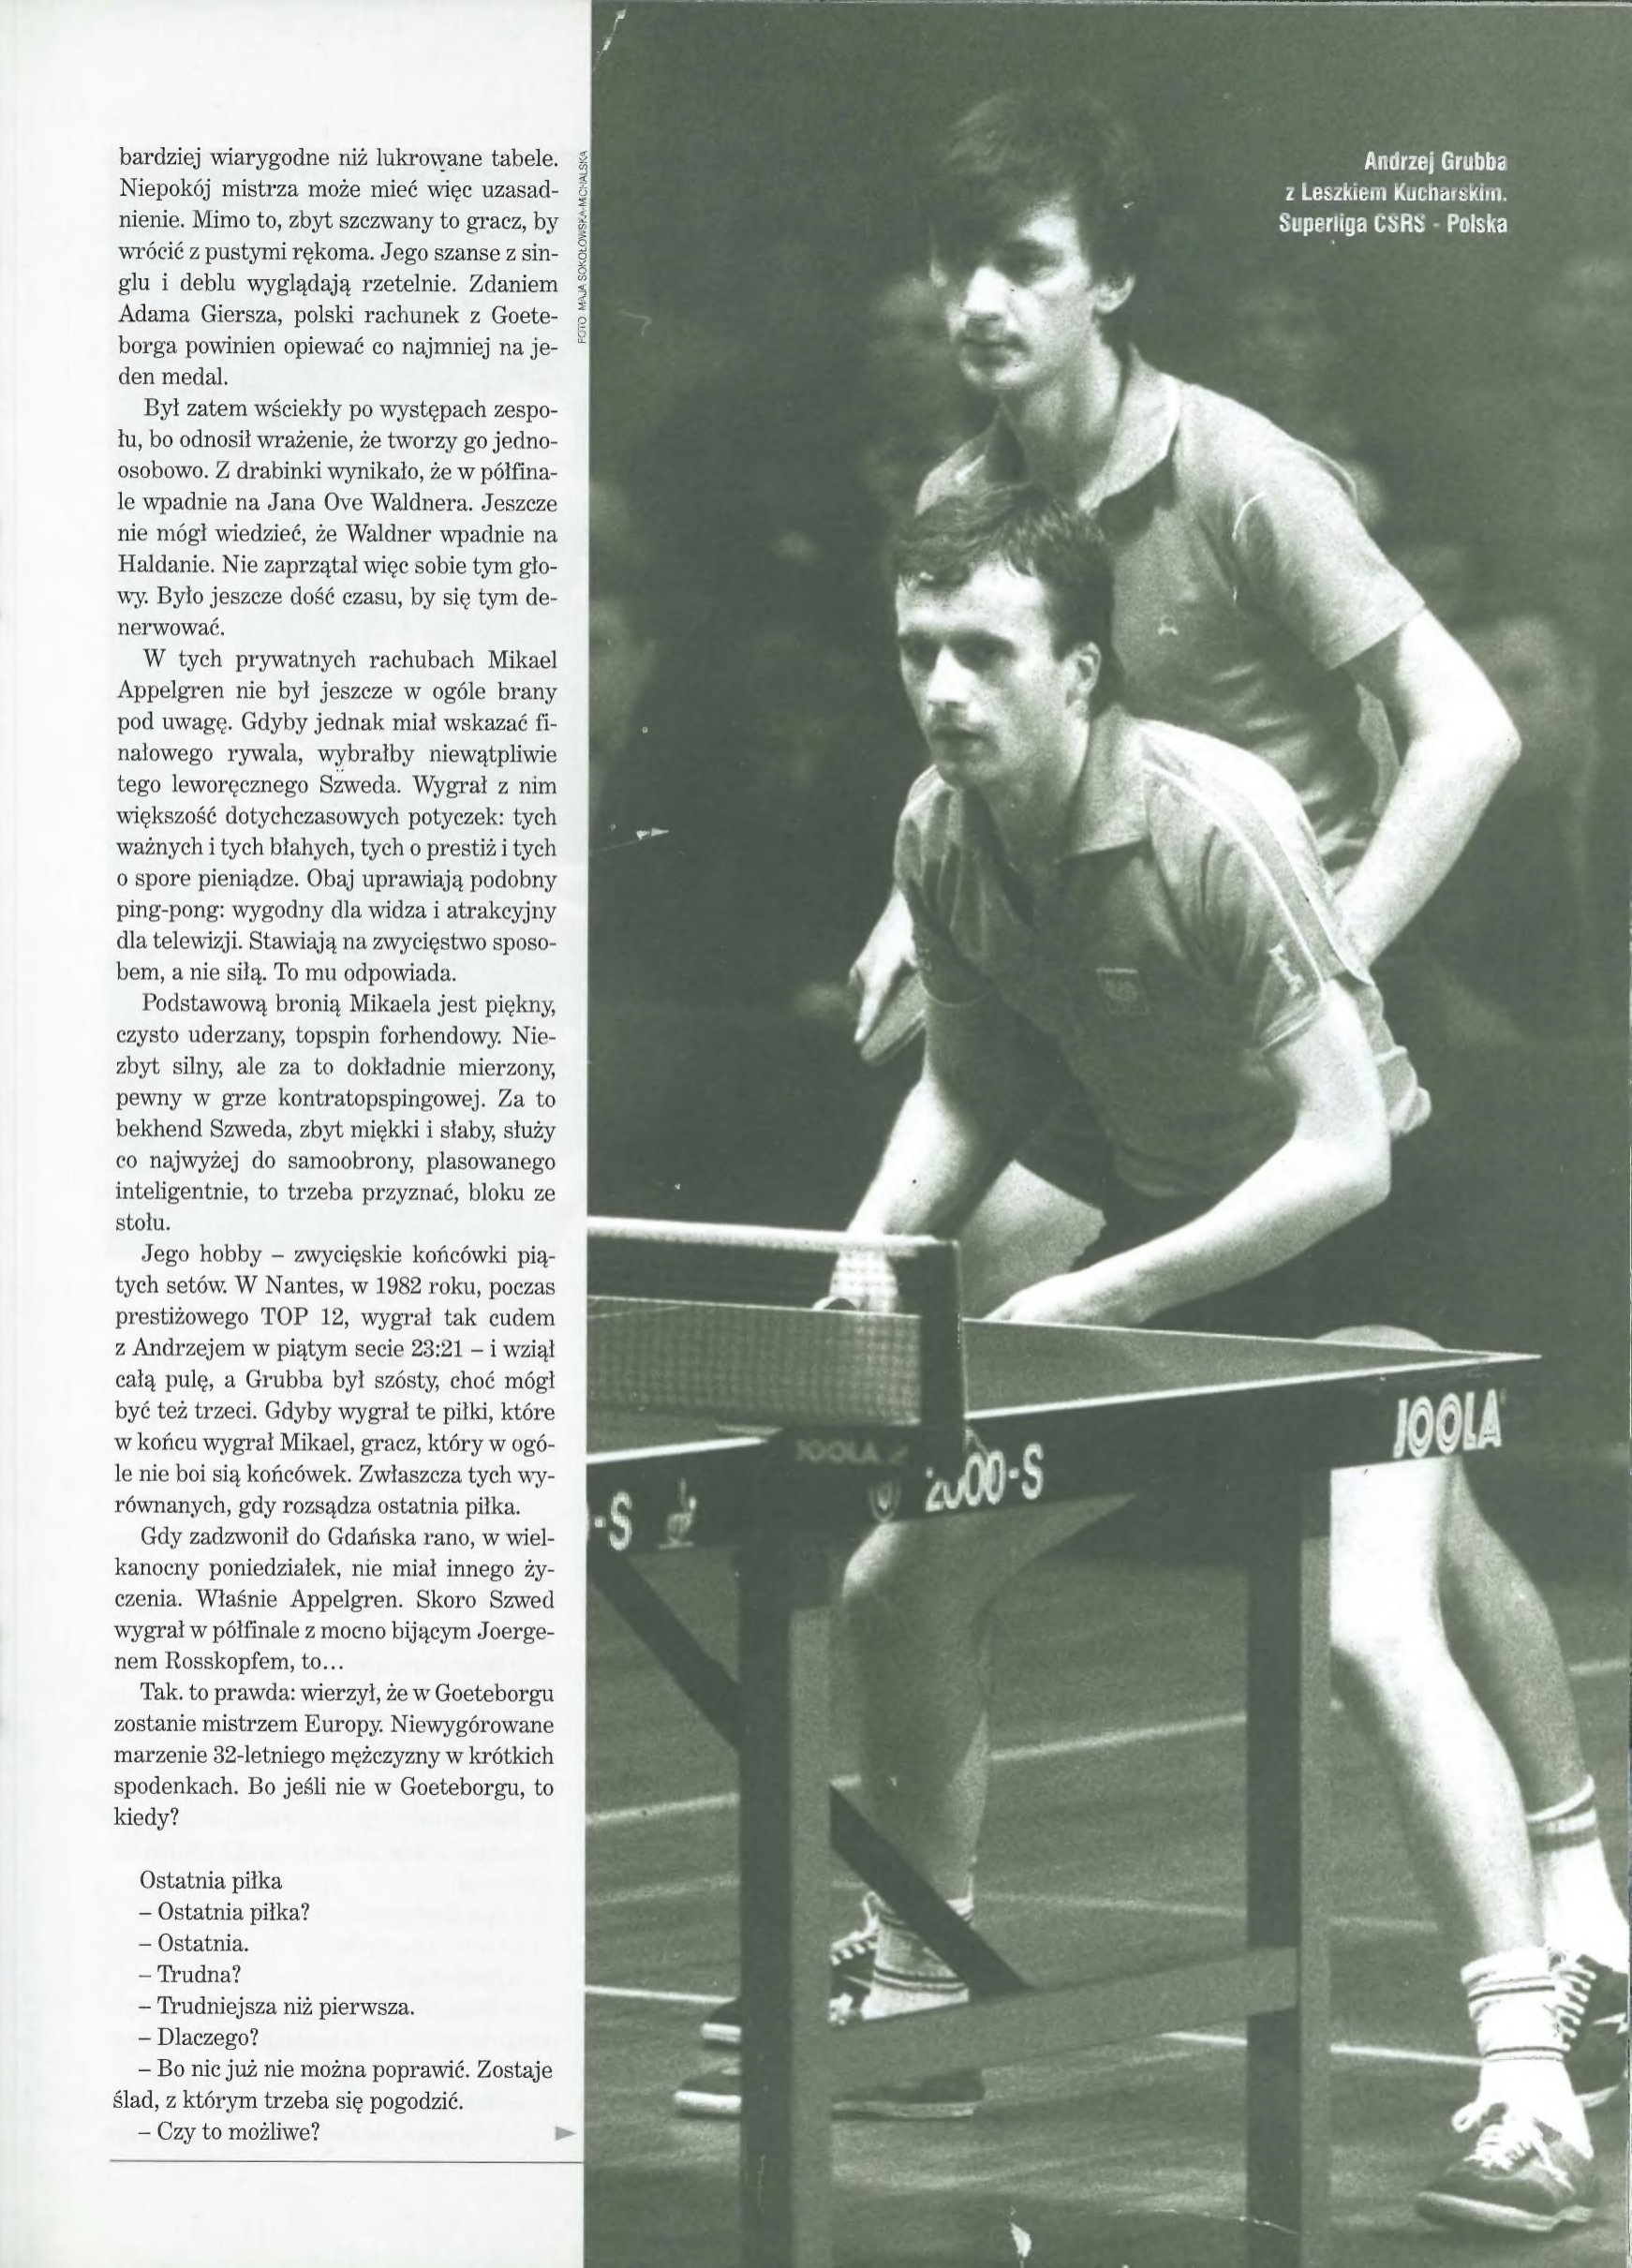
Language: pl